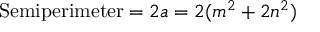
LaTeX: { \mathrm { S e m i p e r i m e t e r } } = 2 a = 2 ( m ^ { 2 } + 2 n ^ { 2 } )